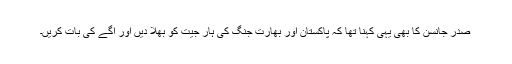
صدر جانسن کا بھی یہی کہنا تھا کہ پاکستان اور بھارت جنگ کی ہار جیت کو بھلا دیں اور آگے کی بات کریں۔